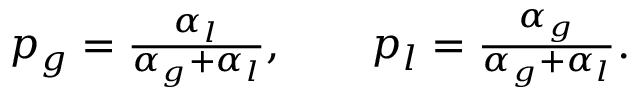
\begin{array} { r } { p _ { g } = \frac { \alpha _ { l } } { \alpha _ { g } + \alpha _ { l } } , \qquad p _ { l } = \frac { \alpha _ { g } } { \alpha _ { g } + \alpha _ { l } } . } \end{array}